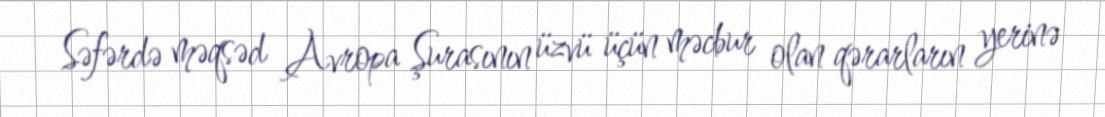
Səfərdə məqsəd Avropa Şurasının üzvü üçün məcbur olan qərarların yerinə